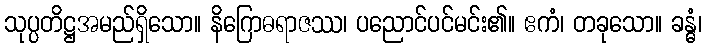
သုပ္ပတိဋ္ဌအမည်ရှိသော။ နိဂြောဓရာဇဿ၊ ပညောင်ပင်မင်း၏။ ဧကံ၊ တခုသော။ ခန္ဓံ၊